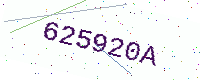
Text: 625920A